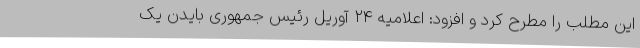
این مطلب را مطرح کرد و افزود: اعلامیه ۲۴ آوریل رئیس جمهوری بایدن یک